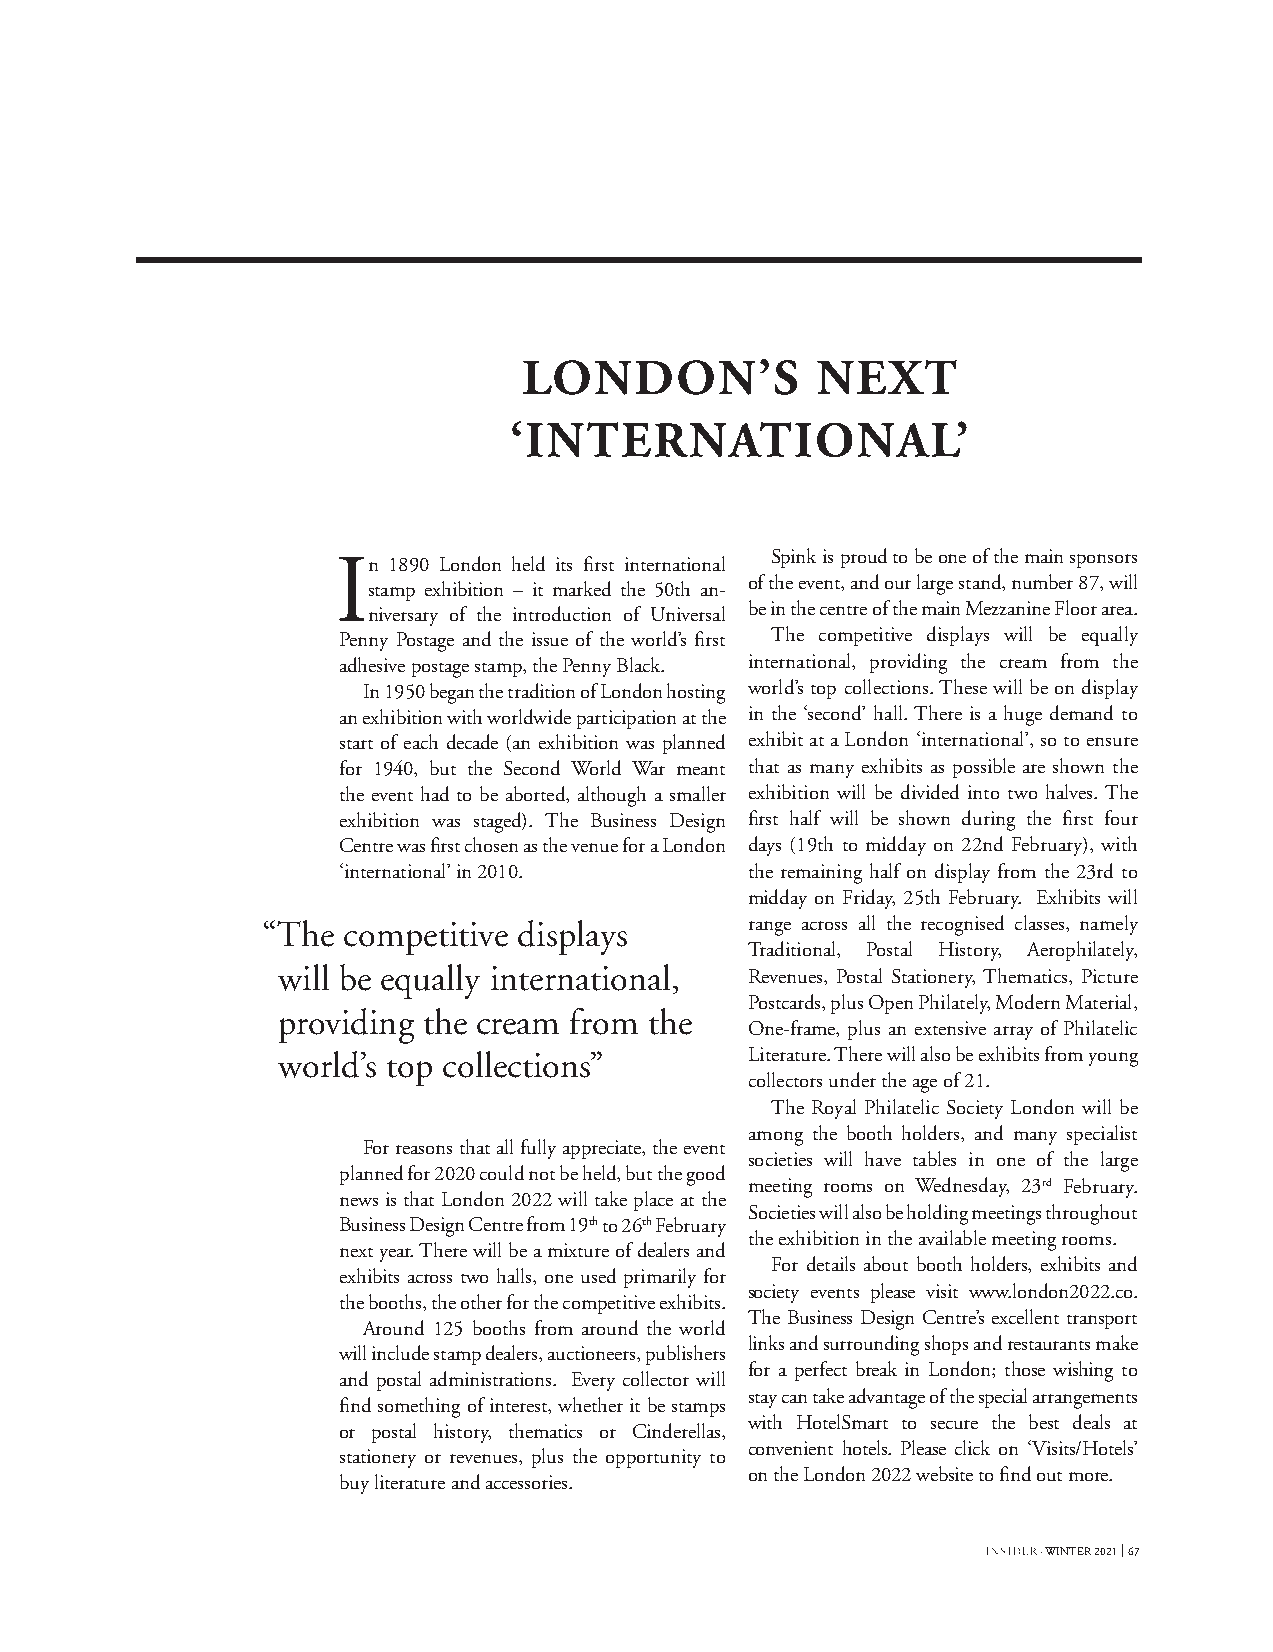
LONDON’S           NEXT
 ‘INTERNATIONAL’
 In  1890 London held its first international Spink is proud to be one of the main sponsors
 of the event, and our large stand, number 87, will
 stamp exhibition – it marked the 50th an-
 niversary of the introduction of Universal be in the centre of the main Mezzanine Floor area.
 Penny Postage and the issue of the world’s first The competitive displays will be equally
 adhesive postage stamp, the Penny Black. international, providing the cream from the
 In 1950 began the tradition of London hosting world’s top collections. These will be on display
 an exhibition with worldwide participation at the in the ‘second’ hall. There is a huge demand to
 start of each decade (an exhibition was planned exhibit at a London ‘international’, so to ensure
 for 1940, but the Second World War meant that as many exhibits as possible are shown the
 the event had to be aborted, although a smaller exhibition will be divided into two halves. The
 exhibition was staged). The Business Design first half will be shown during the first four
 Centre was first chosen as the venue for a London days (19th to midday on 22nd February), with
 ‘international’ in 2010.   the remaining half on display from the 23rd to
 midday on Friday, 25th February. Exhibits will
 “The  competitive displays      range across all the recognised classes, namely
 Traditional, Postal History, Aerophilately,
 will be equally international, Revenues, Postal Stationery, Thematics, Picture
 Postcards, plus Open Philately, Modern Material,
 providing the cream from the
 One-frame, plus an extensive array of Philatelic
 world’s top collections”       Literature. There will also be exhibits from young
 collectors under the age of 21.
 The Royal Philatelic Society London will be
 among the booth holders, and many specialist
 For reasons that all fully appreciate, the event
 societies will have tables in one of the large
 planned for 2020 could not be held, but the good
 meeting rooms on Wednesday, 23rd February.
 news is that London 2022 will take place at the
 Societies will also be holding meetings throughout
 Business Design Centre from 19th to 26th February
 the exhibition in the available meeting rooms.
 next year. There will be a mixture of dealers and
 For details about booth holders, exhibits and
 exhibits across two halls, one used primarily for
 society events please visit www.london2022.co.
 the booths, the other for the competitive exhibits.
 The Business Design Centre’s excellent transport
 Around 125 booths from around the world
 links and surrounding shops and restaurants make
 will include stamp dealers, auctioneers, publishers
 for a perfect break in London; those wishing to
 and postal administrations. Every collector will
 stay can take advantage of the special arrangements
 find something of interest, whether it be stamps
 with HotelSmart to secure the best deals at
 or postal history, thematics or Cinderellas,
 convenient hotels. Please click on ‘Visits/Hotels’
 stationery or revenues, plus the opportunity to
 on the London 2022 website to find out more.
 buy literature and accessories.
 · WINTER 2021 67